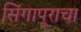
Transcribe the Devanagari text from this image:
सिंगापूराचा